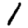
Digit: 1